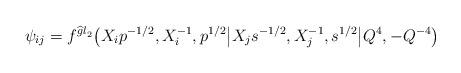
LaTeX: \begin{align*}\psi_{ij} = f^{{\widehat gl}_2} \big( X_i p^{-1/2}, X_i^{-1}, p^{1/2} \big\vert X_j s^{-1/2}, X_j^{-1}, s^{1/2} \big| Q^4, -Q^{-4} \big)\end{align*}